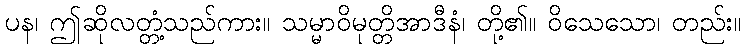
ပန၊ ဤဆိုလတ္တံ့သည်ကား။ သမ္မာဝိမုတ္တိအာဒီနံ၊ တို့၏။ ဝိသေသော၊ တည်း။